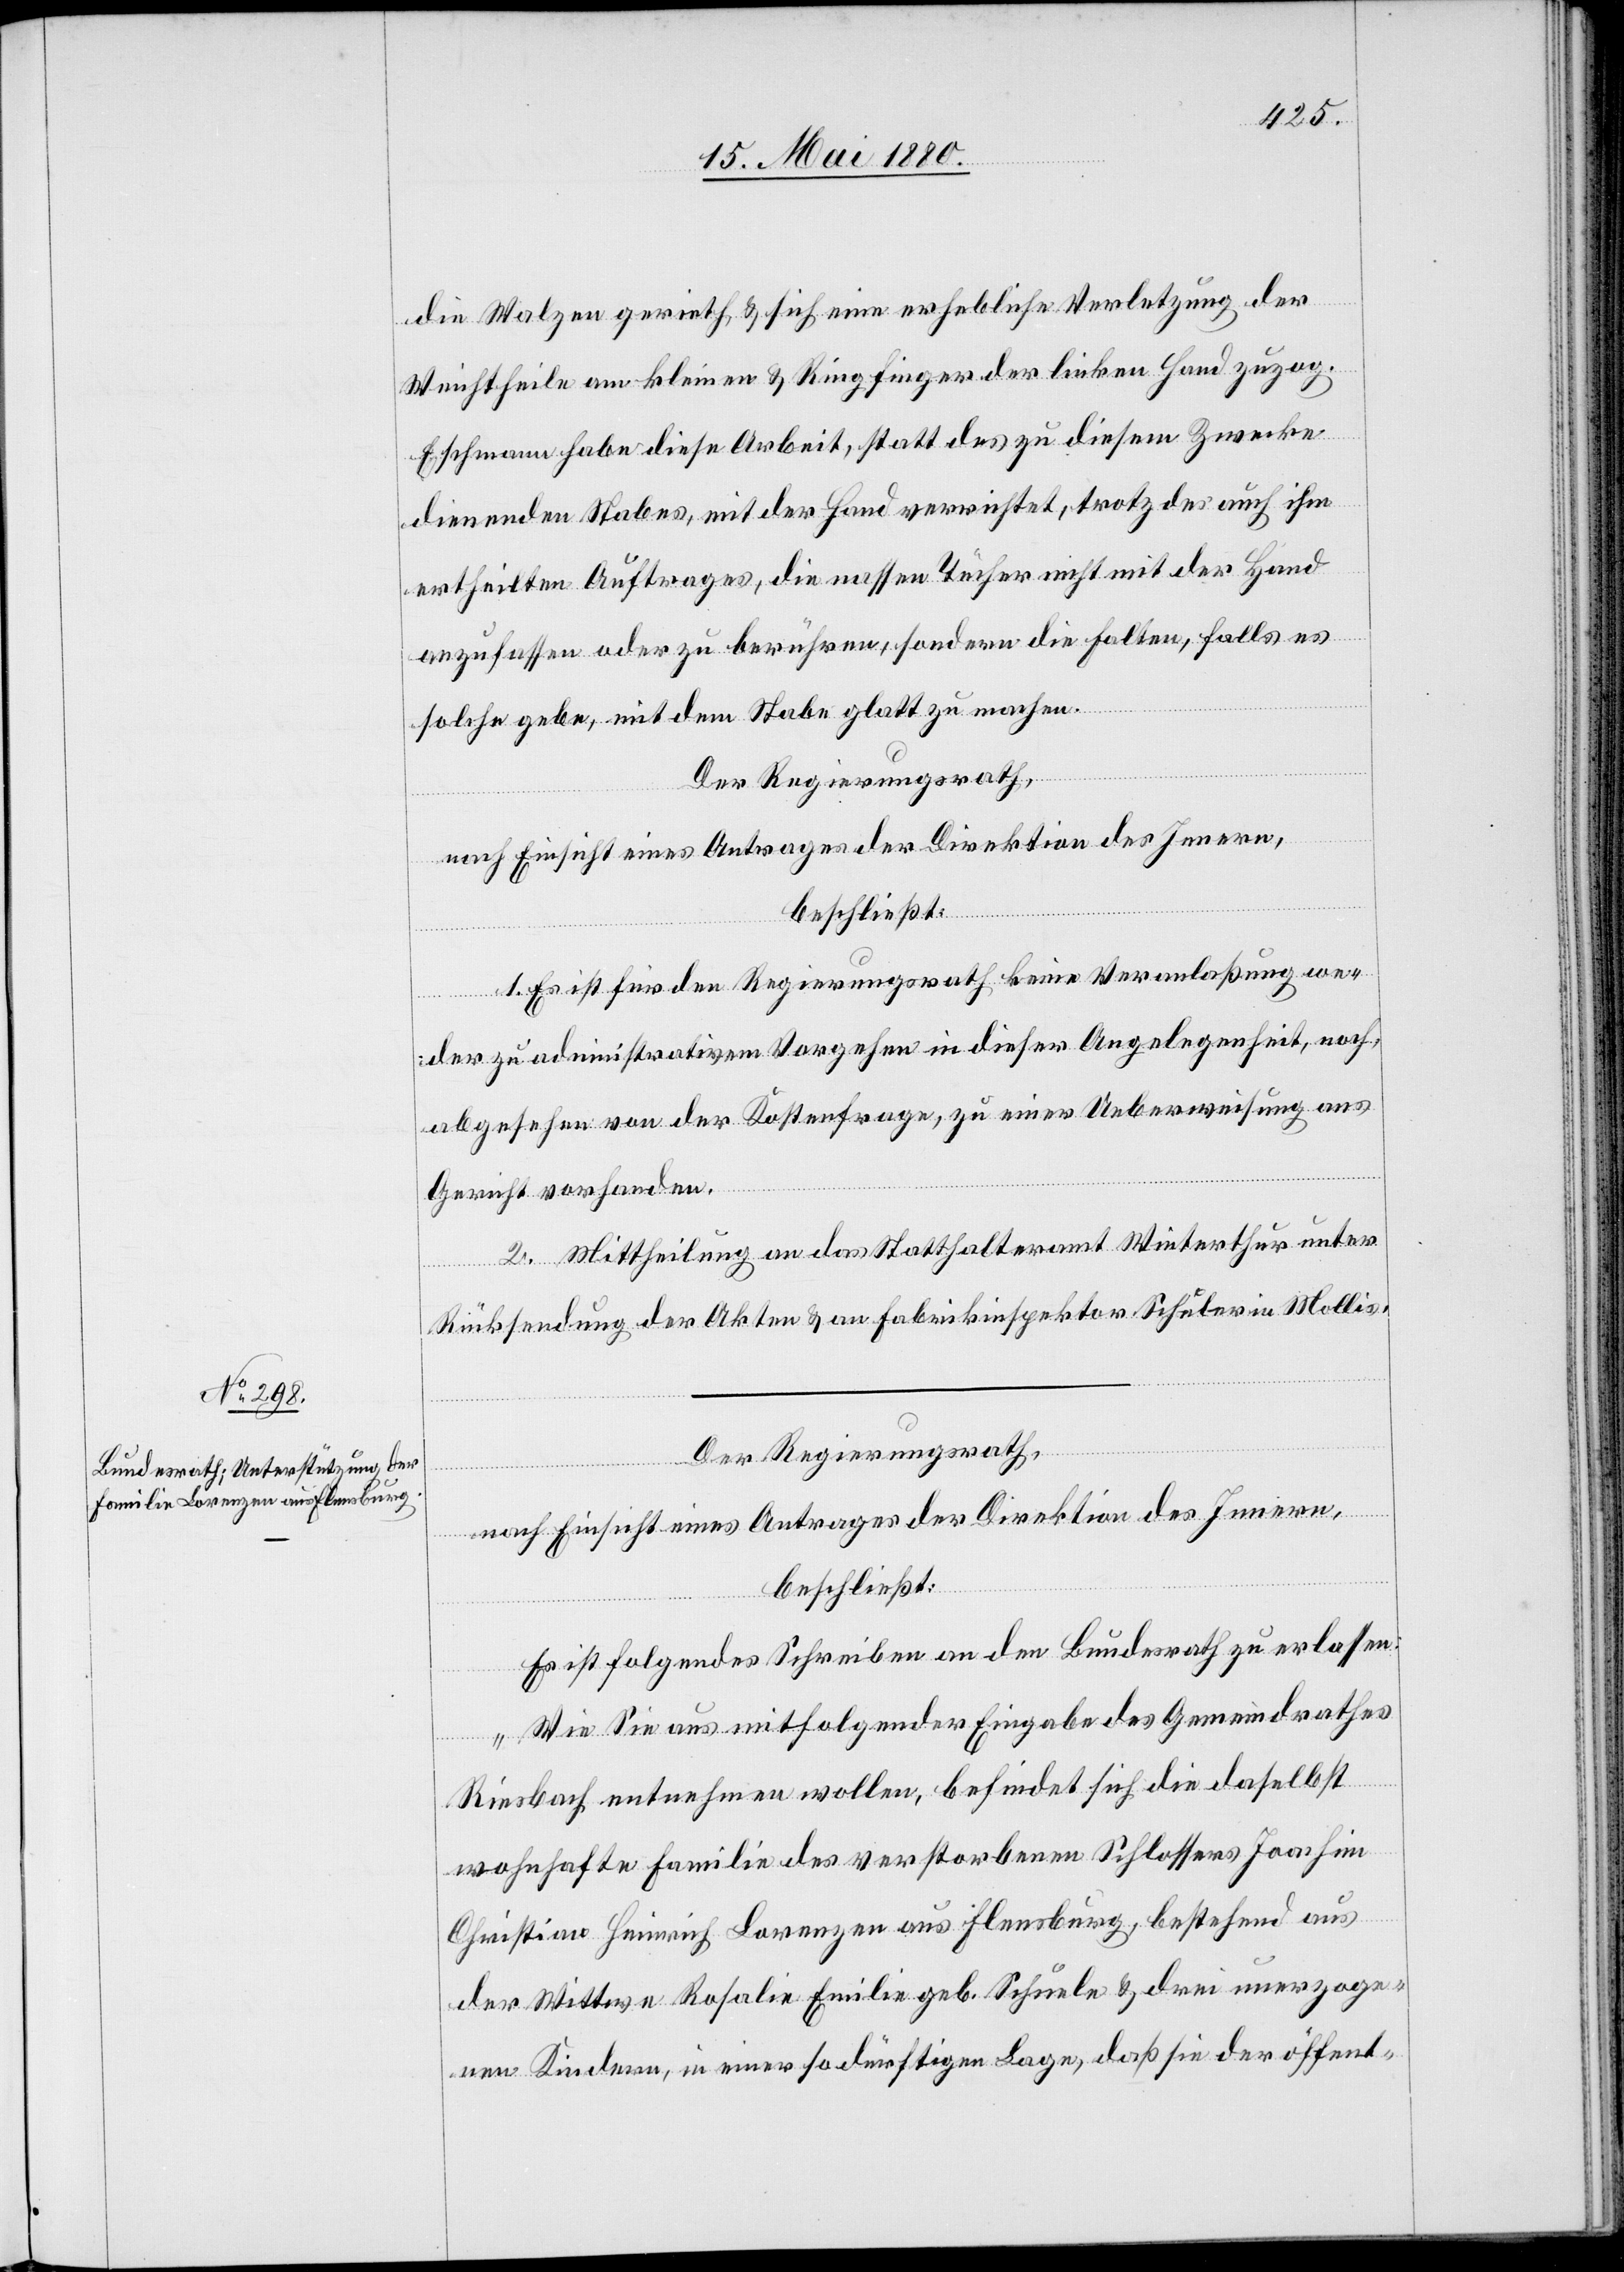
die Walze geriet & sich eine erhebliche Verletzung der
Weichtheile am kleinen & Ringfinger der linken Hand zuzog.
Eschmann habe diese Arbeit, statt des zu diesem Zwecke
dienenden Stabes, mit der Hand verrichtet, trotz des auch ihm
ertheilten Auftrages, die nassen Tücher nicht mit der Hand
anzufassen oder zu berühren, sondern die Falten, falls es
solche gebe, mit dem Stabe glatt zu machen.
Der Regierungsrath,
nach Einsicht eines Antrages der Direktion des Innern,
beschließt:
1. Es ist für den Regierungsrath keine Veranlaßung we¬
der zu administrativen Vorgehen in dieser Angelegenheit, noch,
abgesehen von der Kostenfrage, zu einer Ueberweisung ans
Gericht vorhanden.
2. Mittheilung an das Statthalteramt Winterthur unter
Rücksendung der Akten & an Fabrikinspektor Schuler in Mollis.
Der Regierungsrath,
nach Einsicht eines Antrages der Direktion des Innern,
beschließt:
Es ist folgendes Schreiben an den Bundesrath zu erlassen:
„Wie Sie aus mitfolgender Eingabe des Gemeindrathes
Riesbach entnehmen wollen, befindet sich die daselbst
wohnhafte Familie des verstorbenen Schlossers Joachim
Christian Heinrich Lorenzen aus Flensburg, bestehend aus
der Wittwe Rosalie Emilie Schuele & drei unerzoge¬
nen Kindern, in einer so dürftigen Lage, daß sie der öffent-